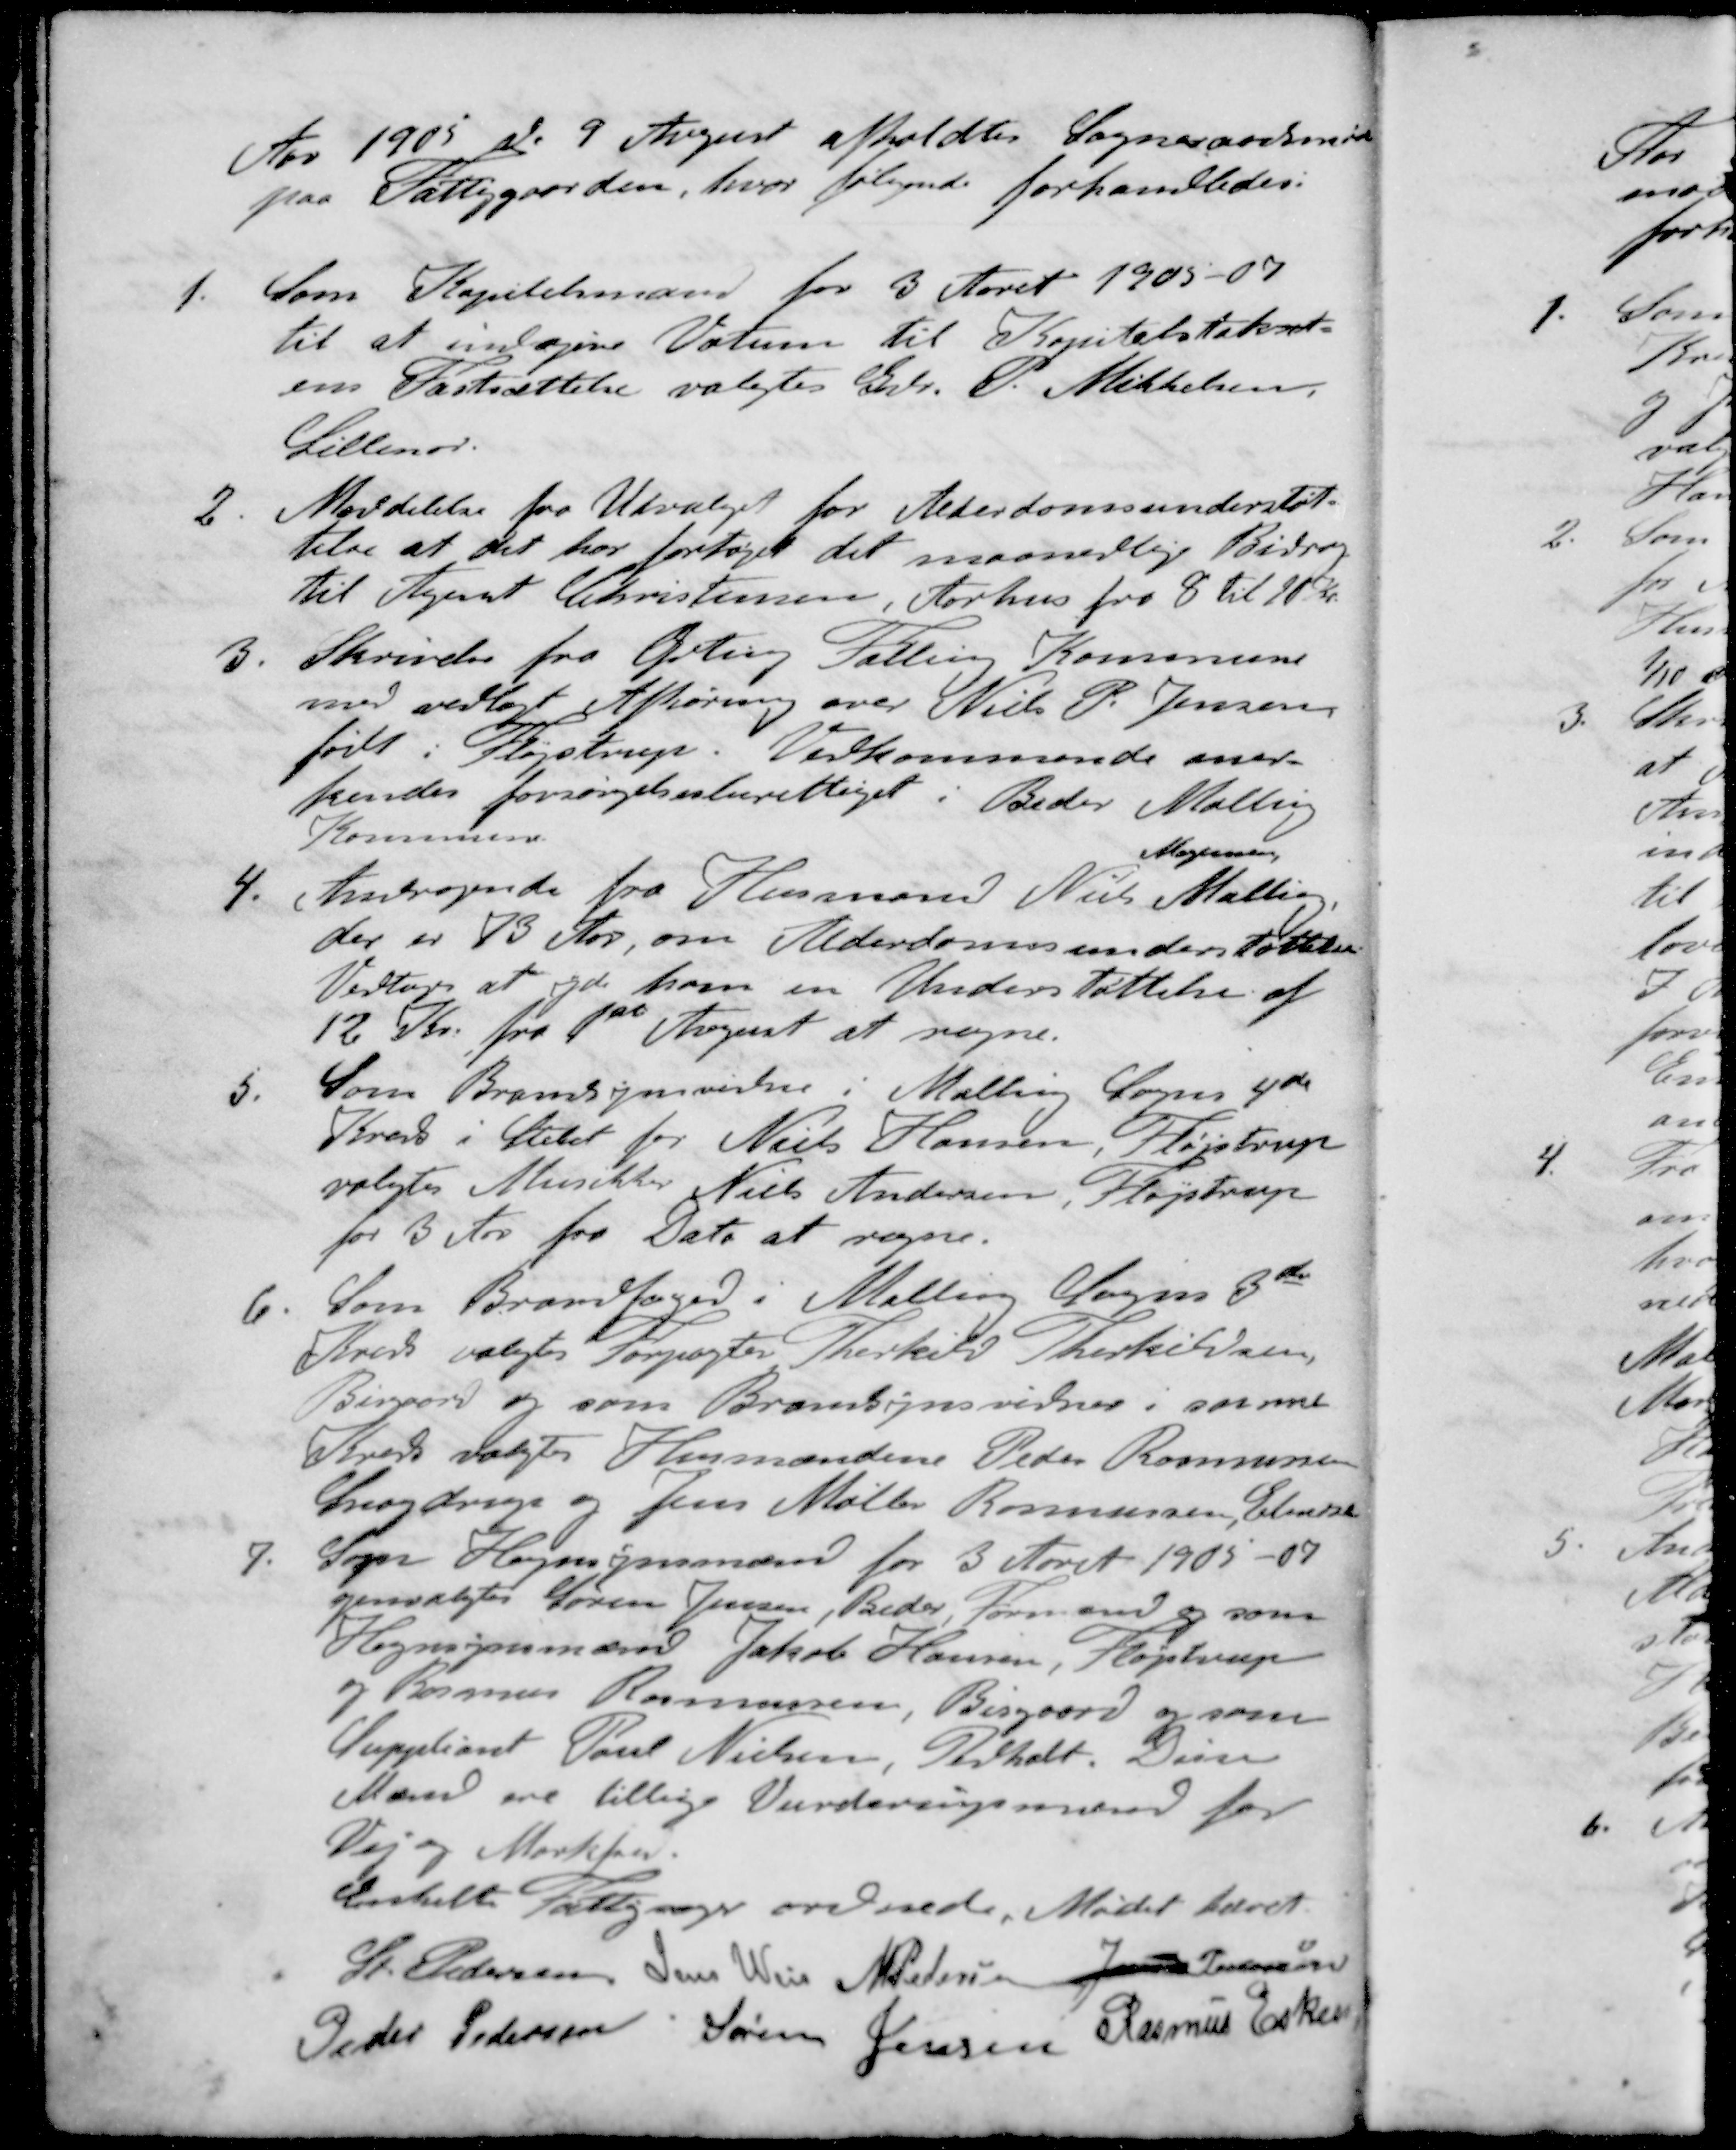
Transskription:
Aar 1905 d. 9 August afholdtes Sogneraadsmøde
paa Fattiggaarden, hvor følgende forhandledes:
1. Som Kapitelsmand for 3 Aaret 1905-07
til at indgive Votum til Kapitelstakst-
ens Fastsættelse valgtes Gdr. P. Mikkelsen
Lillenor
2. Meddelelse fra Udvalget for Alderdomsunderstøt-
telse at det har forhøjet det maanedlige Bidrag
til Agent Christensen, Aarhus fra 8 til 10 Kr.
3. Skrivelse fra Ørting Falling Kommune
med vedlagt Afhøring over Niels P. Jensen
født i Fløjstrup. Vedkommende aner-
kendes forsørgelsesberettiget i Beder Mallin
Kommune.
Mogensen
4. Andragende fra Husmand Niels Malling,
der er 73 Aar, om Alderdomsunderstøttelse
Vedtoges at yde ham en Understøttelse af
12 Kr. fra 1ste August at regne.
5. Som Brandsynsvidne i Malling Sogns 4de
Kreds i Stedet for Niels Hansen, Fløjstrup
valgtes Musikker Niels Andersen, Fløjstrup
for 3 Aar fra Dato at regne.
6. Som Brandfoged i Malling Sogns 3de
Kreds valgtes Forpagter Thorkild Therkildsen,
Bisgaard og som Brandsynsvidner i samme
Kreds valgtes Husmændene Peder Rasmussen
Snogdrup og Jens Møller Rasmussen, Elmose
7. Som Hegnsynsmænd for 3 Aaret 1905 - 07
genvalgtes Søren Jensen, Beder, Formand og som
Hegnsynsmænd Jakob Hansen, Fløjstrup
og Rasmus Rasmussen, Bisgaard og som
Suppliant Poul Nielsen, Pedholt. Disse
Mænd ere tillige Vurderingsmænd for
Vej og Marksen.
Enkelte Fattigsager ordnede Mødet hævet.
St Pedersen
Jens Weis
M Pedersen
Jens Pedersen
Peder Pedersen
Søren Jensen
Rasmus Eskes